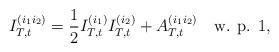
LaTeX: \begin{align*}I_{T,t}^{(i_1 i_2)}=\frac{1}{2}I_{T,t}^{(i_1)}I_{T,t}^{(i_2)}+A_{T,t}^{(i_1 i_2)}\ \ \ \hbox{w. p. 1},\end{align*}